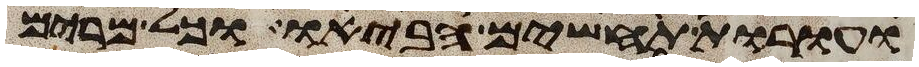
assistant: ועורת תחשים הביאו וכל מרים